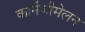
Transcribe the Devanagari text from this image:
कार्नेजीमेलन